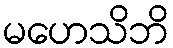
မဟေသိဘိ